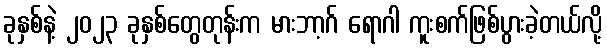
ခုနှစ်နဲ့ ၂၀၂၃ ခုနှစ်တွေတုန်းက မားဘာ့ဂ် ရောဂါ ကူးစက်ဖြစ်ပွားခဲ့တယ်လို့